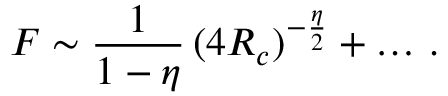
F \sim \frac { 1 } { 1 - \eta } \, ( 4 R _ { c } ) ^ { - { \frac { \eta } { 2 } } } + \ldots \, .